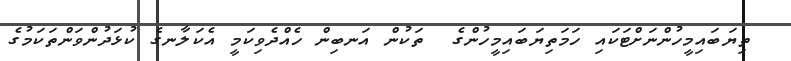
ތިޔަބައިމީހުންނަށްޓަކައި ހަމަތިޔަބައިމީހުންގެ  ތަކުން އަނބިން ހެއްދެވިކަމީ އެކަލާނގެ ކުޅަދުންވަންތަކަމުގެ